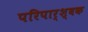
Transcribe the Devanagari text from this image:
परिपार्श्वक